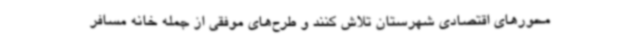
محورهای اقتصادی شهرستان تلاش کنند و طرح‌های موفقی از جمله خانه مسافر